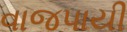
વાજપાયી